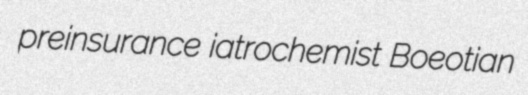
preinsurance iatrochemist Boeotian